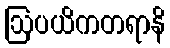
ဩပယိကတရာနိ